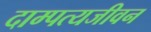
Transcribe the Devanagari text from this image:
दाम्पत्यजीवन